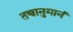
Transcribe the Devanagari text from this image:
तच्चानुमानं